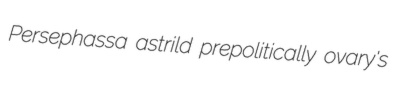
Persephassa astrild prepolitically ovary's